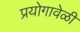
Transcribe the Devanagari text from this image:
प्रयोगावेळी